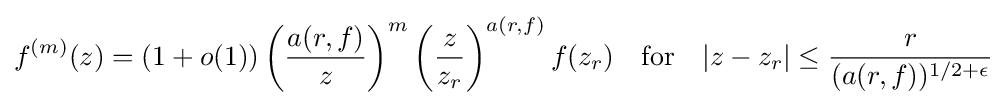
f^{(m)}(z)=(1+o(1))\left({\frac {a(r,f)}{z}}\right)^{m}\left({\frac {z}{z_{r}}}\right)^{a(r,f)}f(z_{r})\quad {\mbox{for}}\quad |z-z_{r}|\leq {\frac {r}{(a(r,f))^{1/2+\epsilon }}}